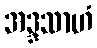
အဒ္ဒသာဟံ